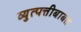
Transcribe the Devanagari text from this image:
व्युत्पत्तीबाबत